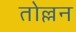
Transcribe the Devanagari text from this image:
तोल्लन